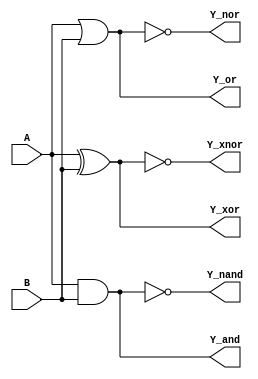
// structural behaviour of gates in verilog

module logic_gate_struct(input A,
                         input B,
						 output Y_and,
						 output Y_nand,
						 output Y_nor,
						 output Y_or,
						 output Y_xnor,
						 output Y_xor);
  
  and G1(Y_and,A,B);
  nand G2(Y_nand,A,B);
  or G3(Y_or,A,B);
  nor G4(Y_nor,A,B);
  xor G5(Y_xor,A,B);
  xnor G6(Y_xnor,A,B);
 
endmodule